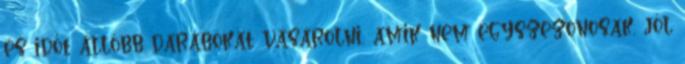
és időt állóbb darabokat vásárolni, amik nem egyszezonosak, jól